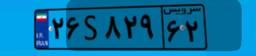
۲۶S۸۲۹۶۲